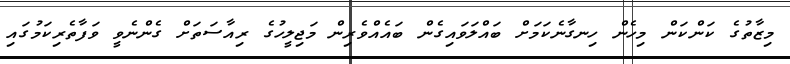
މިޒާތުގެ ކަންކަން މިހެން ހިނގާނެކަމަށް ބައްލަވައިގެން ބައެއްވެރިން މަޖިލީހުގެ ރިއާސަތަށް ގެންނެވީ ވަފާތެރިކަމުގައި